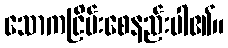
သောကငြိမ်းစေနည်းပါ၏။